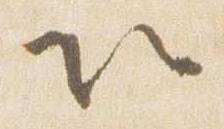
以